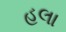
હલા